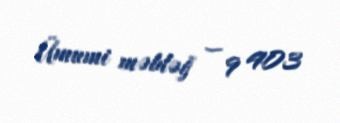
Ümumi məbləğ — 9 403